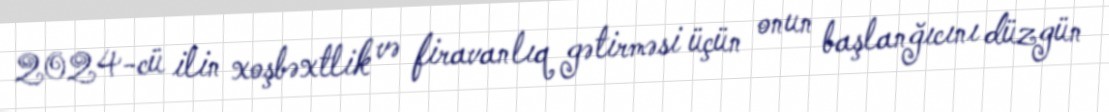
2024-cü ilin xoşbəxtlik və firavanlıq gətirməsi üçün onun başlanğıcını düzgün